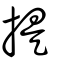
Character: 提